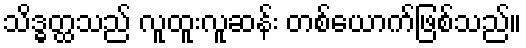
သိဒ္ဓတ္ထသည် လူထူးလူဆန်း တစ်ယောက်ဖြစ်သည်။